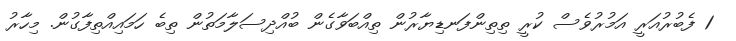
1 ފެބުރުއަރީ އަމުރުވެސް ކުރީ ތިތިންފަނޑިޔާރުން ތިއްބަވާގެން ބުއްދިސަލާމަތުން ތިބެ ހަމައިއްތިފާގުން. މިހާރު